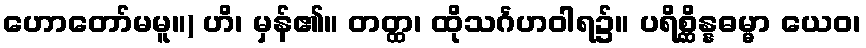
ဟောတော်မမူ။) ဟိ၊ မှန်၏။ တတ္ထ၊ ထိုသင်္ဂဟဝါရ၌။ ပရိစ္ဆိန္နဓမ္မာ ယေဝ၊